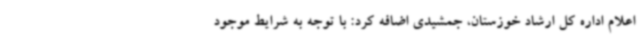
اعلام اداره کل ارشاد خوزستان، جمشیدی اضافه کرد: با توجه به شرایط موجود